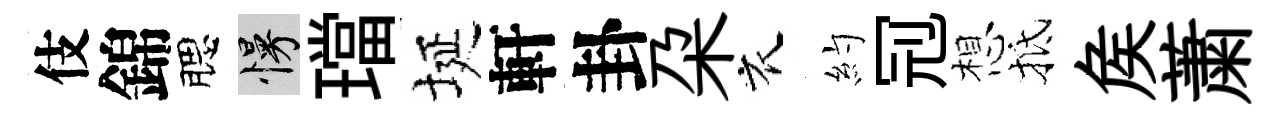
伎錦腮慢璫埏軒卦朶衣約𠜍想抵矦䔥